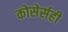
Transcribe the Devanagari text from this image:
कोसेर्सही